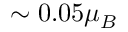
\sim { 0 . 0 5 } \mu _ { B }